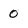
Character: 0